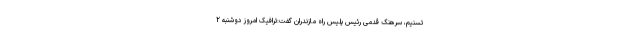
تسنیم، سرهنگ قدمی رئیس پلیس راه مازندران گفت:ترافیک امروز دوشنبه ۲